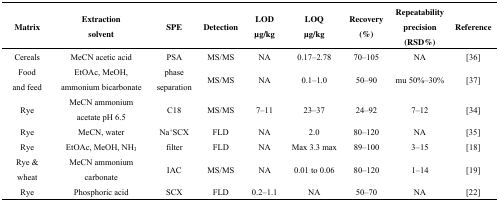
<table><thead><tr><td><b>Matrix</b></td><td><b>Extraction solvent</b></td><td><b>SPE</b></td><td><b>Detection</b></td><td><b>LOD μg/kg</b></td><td><b>LOQ μg/kg</b></td><td><b>Recovery (%)</b></td><td><b>Repeatability precision (RSD%)</b></td><td><b>Reference</b></td></tr></thead><tbody><tr><td>Cereals</td><td>MeCN acetic acid</td><td>PSA</td><td>MS/MS</td><td>NA</td><td>0.17–2.78</td><td>70–105</td><td>NA</td><td>[36]</td></tr><tr><td>Food and feed</td><td>EtOAc, MeOH, ammonium bicarbonate</td><td>phase separation</td><td>MS/MS</td><td>NA</td><td>0.1–1.0</td><td>50–90</td><td>mu 50%–30%</td><td>[37]</td></tr><tr><td>Rye</td><td>MeCN ammonium acetate pH 6.5</td><td>C18</td><td>MS/MS</td><td>7–11</td><td>23–37</td><td>24–92</td><td>7–12</td><td>[34]</td></tr><tr><td>Rye</td><td>MeCN, water</td><td>Na<sup>+</sup>SCX</td><td>FLD</td><td>NA</td><td>2.0</td><td>80–120</td><td>NA</td><td>[35]</td></tr><tr><td>Rye</td><td>EtOAc, MeOH, NH<sub>3</sub></td><td>filter</td><td>FLD</td><td>NA</td><td>Max 3.3 max</td><td>89–100</td><td>3–15</td><td>[18]</td></tr><tr><td>Rye &amp; wheat</td><td>MeCN ammonium carbonate</td><td>IAC</td><td>MS/MS</td><td>NA</td><td>0.01 to 0.06</td><td>80–120</td><td>1–14</td><td>[19]</td></tr><tr><td>Rye</td><td>Phosphoric acid</td><td>SCX</td><td>FLD</td><td>0.2–1.1</td><td>NA</td><td>50–70</td><td>NA</td><td>[22]</td></tr></tbody></table>